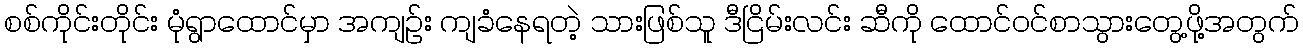
စစ်ကိုင်းတိုင်း မုံရွာထောင်မှာ အကျဉ်း ကျခံနေရတဲ့ သားဖြစ်သူ ဒီငြိမ်းလင်း ဆီကို ထောင်ဝင်စာသွားတွေ့ဖို့အတွက်